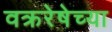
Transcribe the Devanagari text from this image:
वक्ररेषेच्या